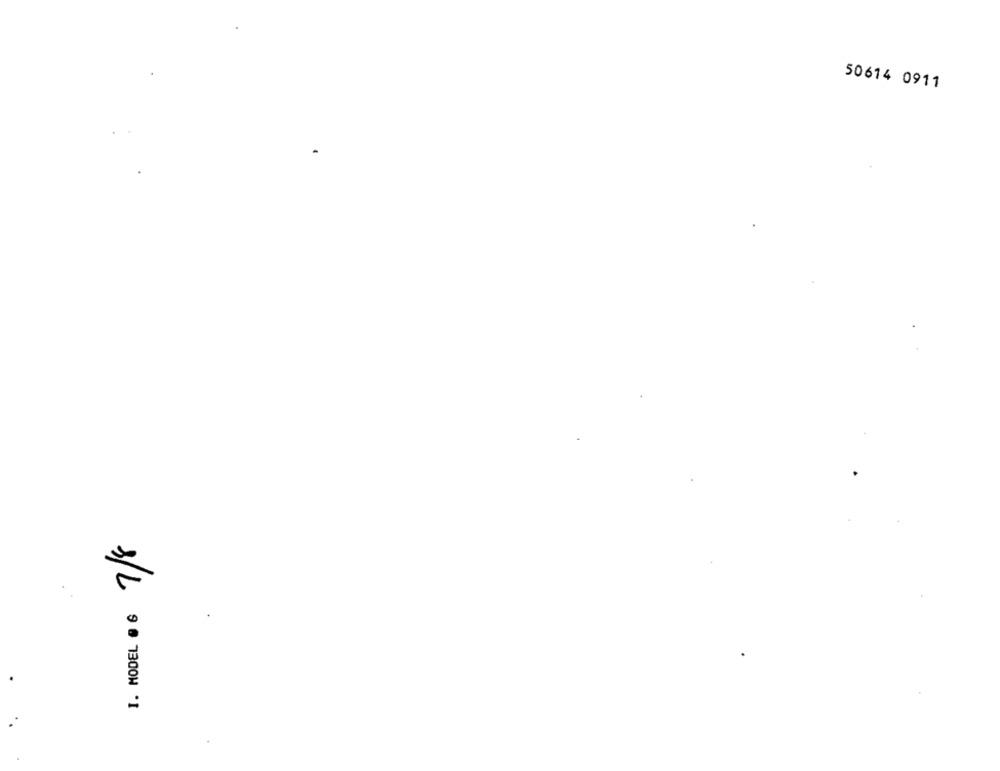
50614 0911
1/L
I. MODEL # 6